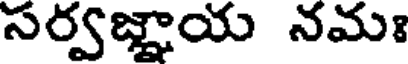
సర్వజ్ఞాయ నమః